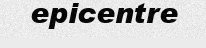
epicentre